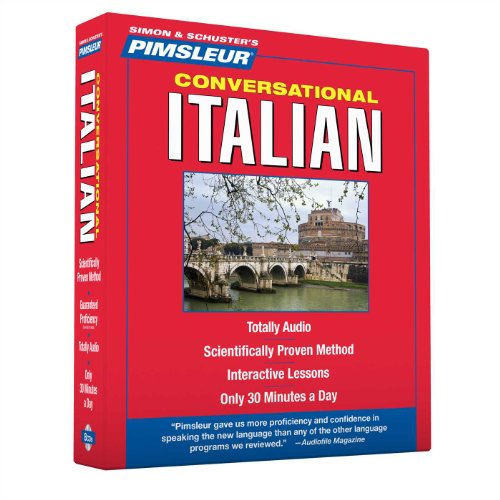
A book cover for Simon & Schuster's Pimsleur Conversational Italian; Pimsleur; Reference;